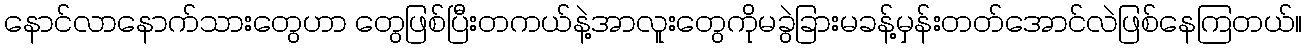
နောင်လာနောက်သားတွေဟာ တွေဖြစ်ပြီးတကယ်နဲ့အာလူးတွေကိုမခွဲခြားမခန့်မှန်းတတ်အောင်လဲဖြစ်နေကြတယ်။